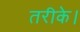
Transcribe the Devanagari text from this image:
तरीके।